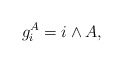
\begin{align*}g_i^A = i \wedge A,\end{align*}